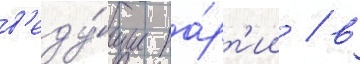
в'еду́щие па́рт'ии / в